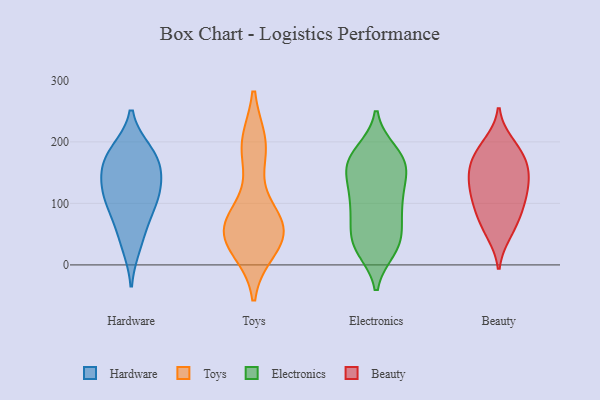
{"axis": {"x": "Production Output", "y": "Value"}, "legend": ["Beauty", "Electronics", "Hardware", "Toys"], "data": [{"x": "", "y": 184, "type": "Hardware"}, {"x": "", "y": 114, "type": "Hardware"}, {"x": "", "y": 149, "type": "Hardware"}, {"x": "", "y": 105, "type": "Hardware"}, {"x": "", "y": 173, "type": "Hardware"}, {"x": "", "y": 64, "type": "Hardware"}, {"x": "", "y": 177, "type": "Hardware"}, {"x": "", "y": 140, "type": "Hardware"}, {"x": "", "y": 103, "type": "Hardware"}, {"x": "", "y": 32, "type": "Hardware"}, {"x": "", "y": 194, "type": "Toys"}, {"x": "", "y": 29, "type": "Toys"}, {"x": "", "y": 195, "type": "Toys"}, {"x": "", "y": 41, "type": "Toys"}, {"x": "", "y": 64, "type": "Toys"}, {"x": "", "y": 80, "type": "Toys"}, {"x": "", "y": 190, "type": "Toys"}, {"x": "", "y": 54, "type": "Toys"}, {"x": "", "y": 60, "type": "Toys"}, {"x": "", "y": 58, "type": "Toys"}, {"x": "", "y": 48, "type": "Toys"}, {"x": "", "y": 149, "type": "Electronics"}, {"x": "", "y": 39, "type": "Electronics"}, {"x": "", "y": 41, "type": "Electronics"}, {"x": "", "y": 155, "type": "Electronics"}, {"x": "", "y": 94, "type": "Electronics"}, {"x": "", "y": 28, "type": "Electronics"}, {"x": "", "y": 183, "type": "Electronics"}, {"x": "", "y": 112, "type": "Electronics"}, {"x": "", "y": 174, "type": "Electronics"}, {"x": "", "y": 107, "type": "Electronics"}, {"x": "", "y": 176, "type": "Electronics"}, {"x": "", "y": 81, "type": "Electronics"}, {"x": "", "y": 170, "type": "Electronics"}, {"x": "", "y": 142, "type": "Electronics"}, {"x": "", "y": 32, "type": "Electronics"}, {"x": "", "y": 26, "type": "Electronics"}, {"x": "", "y": 100, "type": "Electronics"}, {"x": "", "y": 162, "type": "Electronics"}, {"x": "", "y": 59, "type": "Electronics"}, {"x": "", "y": 156, "type": "Beauty"}, {"x": "", "y": 125, "type": "Beauty"}, {"x": "", "y": 97, "type": "Beauty"}, {"x": "", "y": 86, "type": "Beauty"}, {"x": "", "y": 107, "type": "Beauty"}, {"x": "", "y": 126, "type": "Beauty"}, {"x": "", "y": 127, "type": "Beauty"}, {"x": "", "y": 55, "type": "Beauty"}, {"x": "", "y": 162, "type": "Beauty"}, {"x": "", "y": 50, "type": "Beauty"}, {"x": "", "y": 160, "type": "Beauty"}, {"x": "", "y": 198, "type": "Beauty"}, {"x": "", "y": 190, "type": "Beauty"}, {"x": "", "y": 151, "type": "Beauty"}, {"x": "", "y": 80, "type": "Beauty"}, {"x": "", "y": 184, "type": "Beauty"}]}